Language: tamil
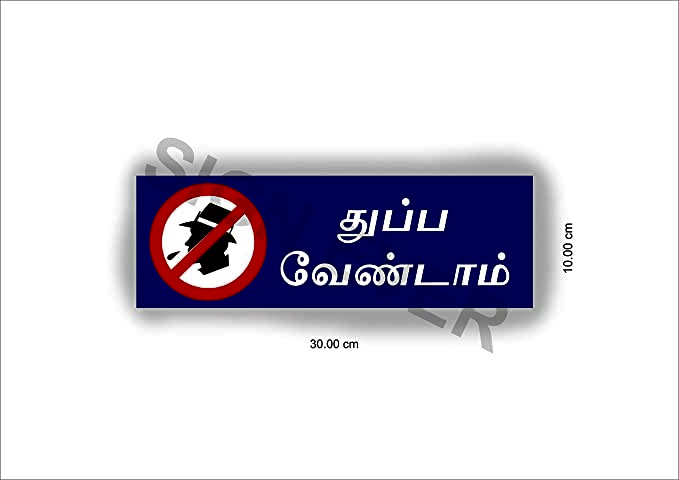
Transcription: துப்ப வேண்டாம்